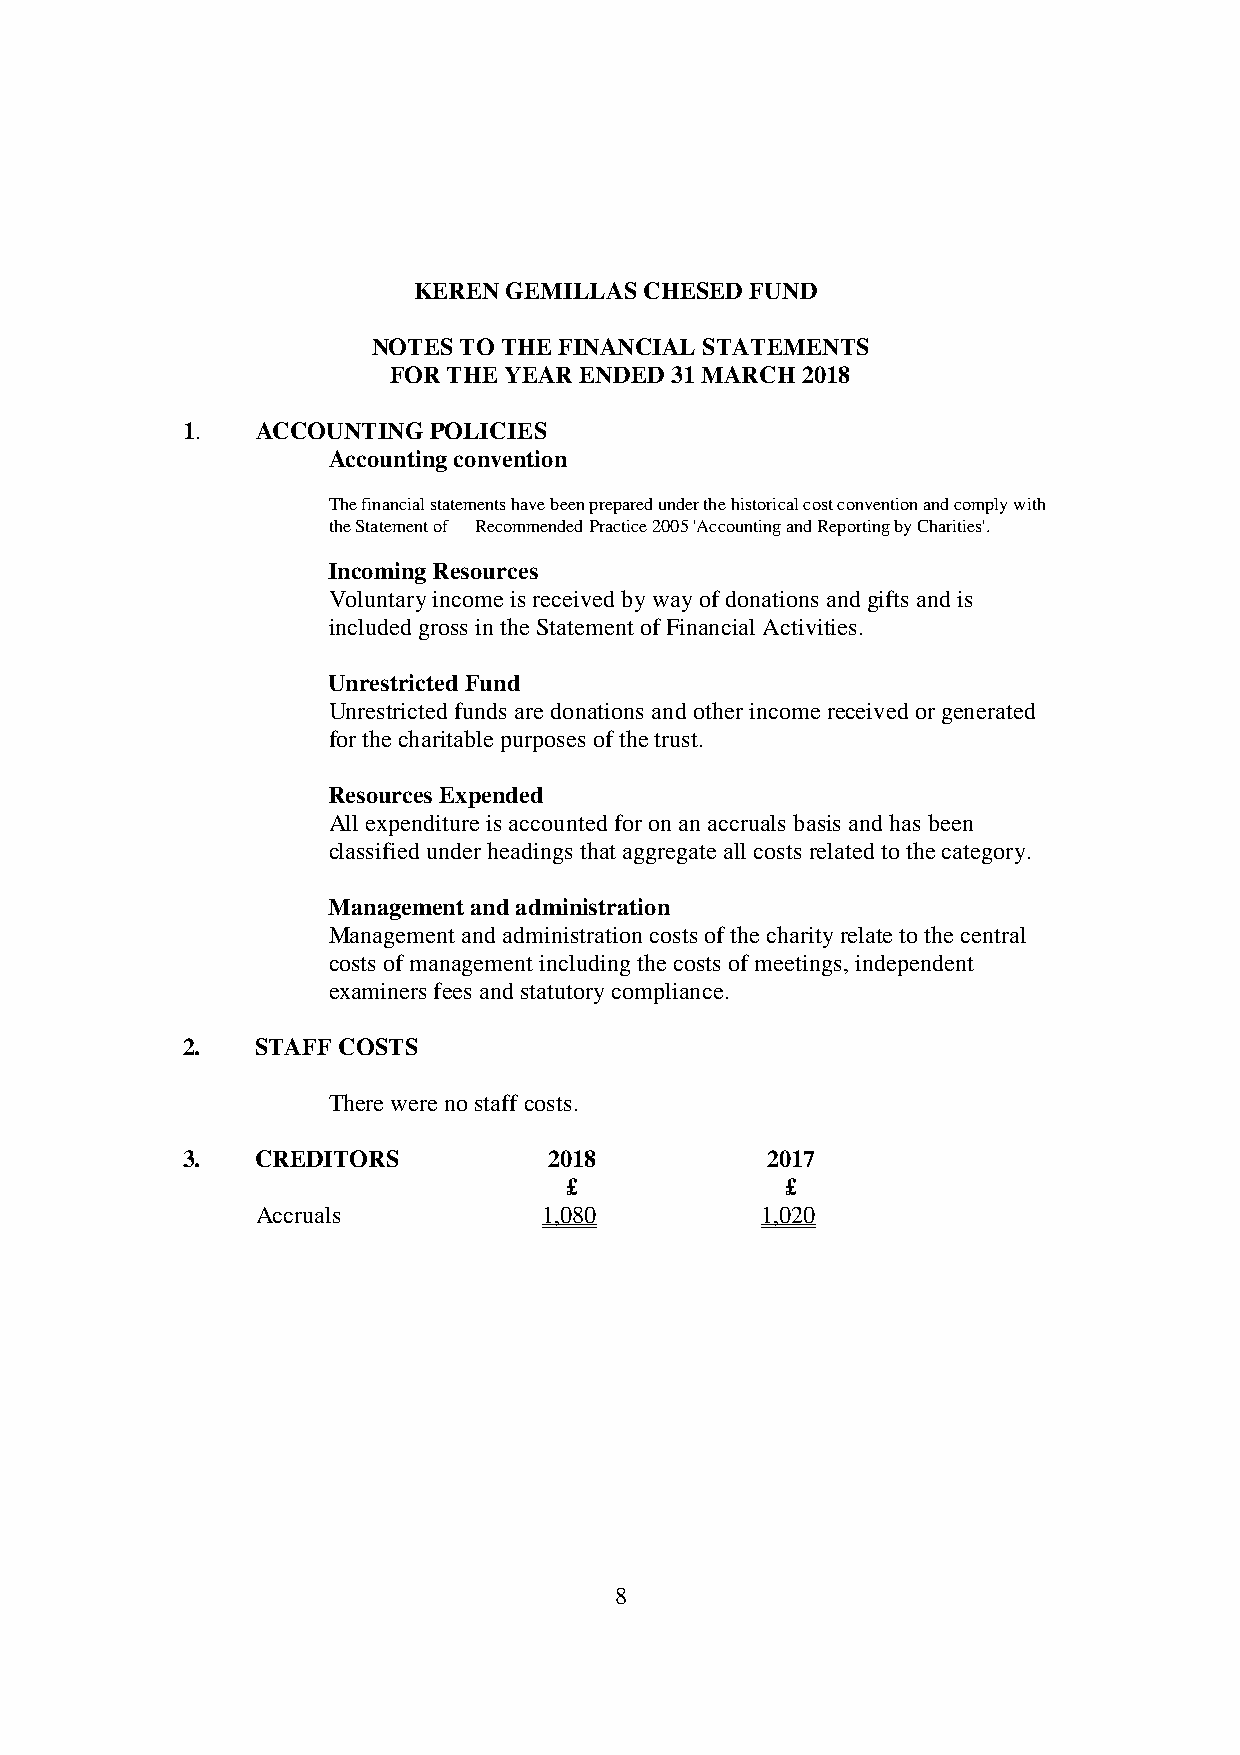
KEREN  GEMILLAS CHESED FUND
 NOTES TO THE FINANCIAL STATEMENTS
 FOR THE YEAR ENDED 31 MARCH 2018
 1.   ACCOUNTING  POLICIES
 Accounting convention
 The financial statements have been prepared under the historical cost convention and comply with
 the Statement of Recommended Practice 2005 'Accounting and Reporting by Charities'.
 Incoming Resources
 Voluntary income is received by way of donations and gifts and is
 included gross in the Statement of Financial Activities.
 Unrestricted Fund
 Unrestricted funds are donations and other income received or generated
 for the charitable purposes of the trust.
 Resources Expended
 All expenditure is accounted for on an accruals basis and has been
 classified under headings that aggregate all costs related to the category.
 Management and administration
 Management and administration costs of the charity relate to the central
 costs of management including the costs of meetings, independent
 examiners fees and statutory compliance.
 2.   STAFF COSTS
 There were no staff costs.
 3.   CREDITORS          2018           2017
 £              £
 Accruals           1,080         1,020
 8